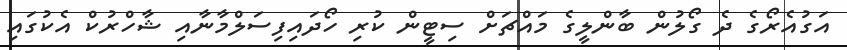
އަގުއެރޯގެ ދެ ގޯލުން ބާންލީގެ މައްޗަށް ސިޓީން ކުރި ހޯދައިފިސަލްމާނާއި ޝާހްރުކް އެކުގައި